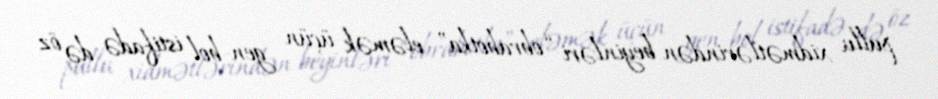
pullu xidmətlərindən beyinləri “obrabotka” eləmək üçün gen-bol istifadə də öz